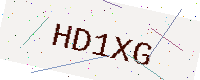
Text: HD1XG